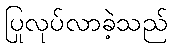
ပြုလုပ်လာခဲ့သည်